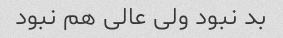
بد نبود ولی عالی هم نبود